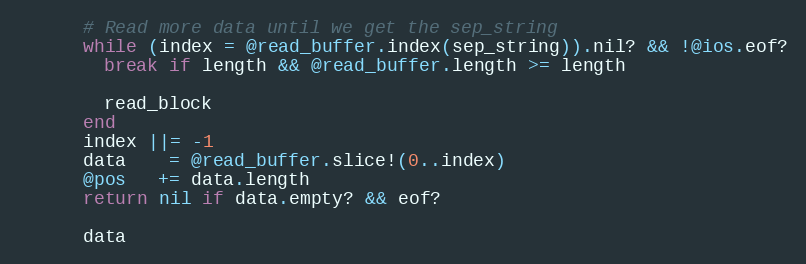
Language: Ruby
      # Read more data until we get the sep_string
      while (index = @read_buffer.index(sep_string)).nil? && !@ios.eof?
        break if length && @read_buffer.length >= length

        read_block
      end
      index ||= -1
      data    = @read_buffer.slice!(0..index)
      @pos   += data.length
      return nil if data.empty? && eof?

      data